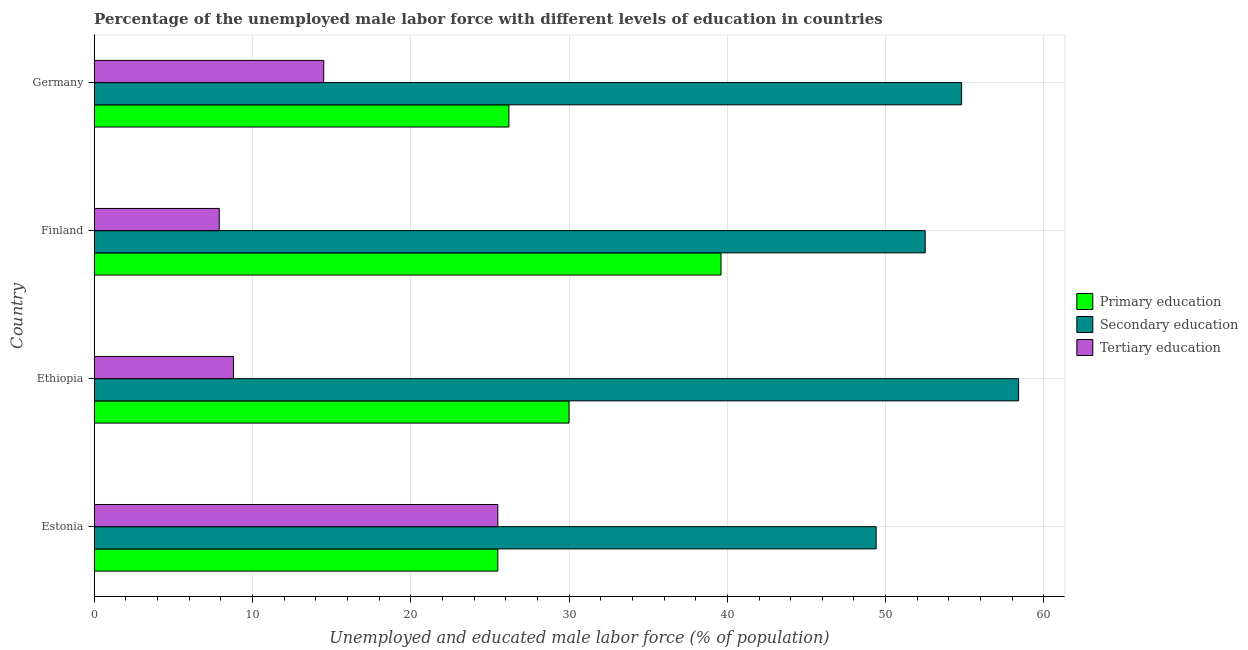
| Country | Primary education | Secondary education | Tertiary education |
 | --- | --- | --- | --- |
 | Estonia | 25.5 | 49.4 | 25.5 |
 | Ethiopia | 30 | 58.4 | 8.8 |
 | Finland | 39.6 | 52.5 | 7.9 |
 | Germany | 26.2 | 54.8 | 14.5 |